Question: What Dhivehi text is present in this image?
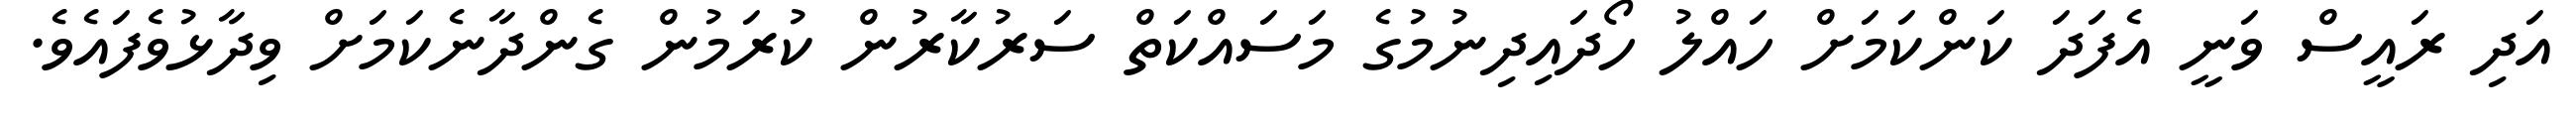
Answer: އަދި ރައީސް ވަނީ އެފަދަ ކަންކަމަށް ހައްލު ހޯދައިދިނުމުގެ މަސައްކަތް ސަރުކާރުން ކުރަމުން ގެންދާނެކަމަށް ވިދާޅުވެފައެވެ.